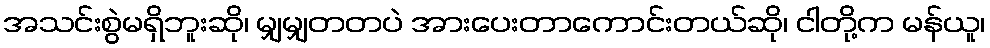
အသင်းစွဲမရှိဘူးဆို၊ မျှမျှတတပဲ အားပေးတာကောင်းတယ်ဆို၊ ငါတို့က မန်ယူ၊